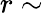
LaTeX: r\sim